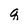
Character: q